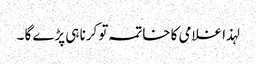
لہذا غلامی کا خاتمہ تو کرنا ہی پڑے گا ۔